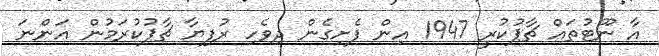
އާ ނޫޓުތައް ޗާޕުކުރީ 1947 އިން ފެށިގެން ދިވެހި ރުފިޔާ ޗާޕުކުރަމުން އަންނަ